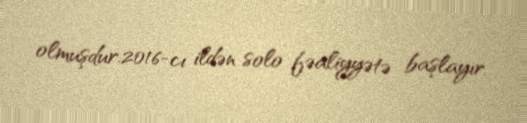
olmuşdur.2016-cı ildən solo fəaliyyətə başlayır.